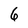
Character: 6